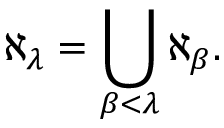
\aleph _ { \lambda } = \bigcup _ { \beta < \lambda } \aleph _ { \beta } .